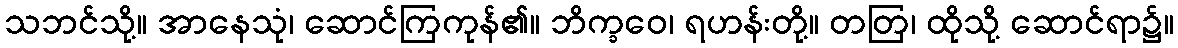
သဘင်သို့။ အာနေသုံ၊ ဆောင်ကြကုန်၏။ ဘိက္ခဝေ၊ ရဟန်းတို့။ တတြ၊ ထိုသို့ ဆောင်ရာ၌။